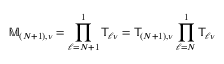
\mathbb { M } _ { ( N + 1 ) , \nu } = \prod _ { \ell = N + 1 } ^ { 1 } \mathbb { T } _ { \ell \nu } = \mathbb { T } _ { ( N + 1 ) , \nu } \prod _ { \ell = N } ^ { 1 } \mathbb { T } _ { \ell \nu }